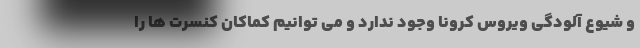
و شیوع آلودگی ویروس کرونا وجود ندارد و می توانیم کماکان کنسرت ها را